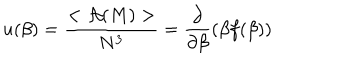
u ( \beta ) = \frac { < { \cal A } ( M ) > } { N ^ { 3 } } = \frac { \partial } { \partial \beta } ( \beta f ( \beta ) )